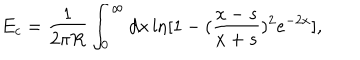
E _ { c } = \frac { 1 } { 2 \pi R } \int _ { 0 } ^ { \infty } d x \ln [ 1 - ( \frac { x - s } { x + s } ) ^ { 2 } e ^ { - 2 x } ] ,